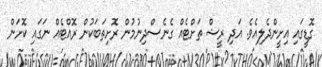
ގޮޑީގައި އިށީންދެލިއެވެ. އަދި ރީޝް ތަށްޓެއް ގެނެސްދިނުމުން ރޮށިތަބަކުން ރޮއްޓެއް ނަގައި ކޮށަން